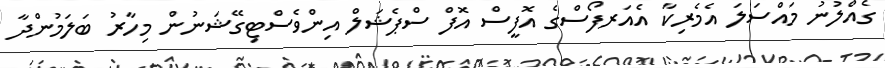
ގެއްލުނު މައްސަލަ އެމެރިކާ އެއަރފޯސްގެ އޮފީސް އޮފް ސްޕެޝަލް އިންވެސްޓިގޭޝަނުން މިހާރު ބަލަމުންދާ